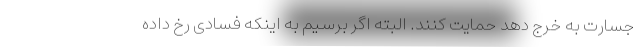
جسارت به خرج دهد حمایت کنند. البته اگر برسیم به اینکه فسادی رخ داده